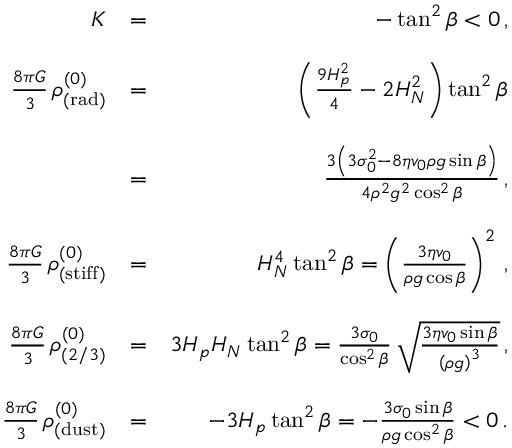
\begin{array} { r l r } { K } & { = } & { - \tan ^ { 2 } \beta < 0 \, , } \\ & { } & \\ { \frac { 8 \pi G } { 3 } \, \rho _ { \mathrm { ( r a d ) } } ^ { ( 0 ) } } & { = } & { \left( \frac { 9 H _ { p } ^ { 2 } } { 4 } - 2 H _ { N } ^ { 2 } \right) \tan ^ { 2 } \beta } \\ & { } & \\ & { = } & { \frac { 3 \left( 3 \sigma _ { 0 } ^ { 2 } - 8 \eta v _ { 0 } \rho g \sin \beta \right) } { 4 \rho ^ { 2 } g ^ { 2 } \cos ^ { 2 } \beta } \, , } \\ & { } & \\ { \frac { 8 \pi G } { 3 } \, \rho _ { \mathrm { ( s t i f f ) } } ^ { ( 0 ) } } & { = } & { H _ { N } ^ { 4 } \tan ^ { 2 } \beta = \left( \frac { 3 \eta v _ { 0 } } { \rho g \cos \beta } \right) ^ { 2 } \, , } \\ & { } & \\ { \frac { 8 \pi G } { 3 } \, \rho _ { ( 2 / 3 ) } ^ { ( 0 ) } } & { = } & { 3 H _ { p } H _ { N } \tan ^ { 2 } \beta = \frac { 3 \sigma _ { 0 } } { \cos ^ { 2 } \beta } \, \sqrt { \frac { 3 \eta v _ { 0 } \sin \beta } { \left( \rho g \right) ^ { 3 } } } \, , } \\ & { } & \\ { \frac { 8 \pi G } { 3 } \, \rho _ { \mathrm { ( d u s t ) } } ^ { ( 0 ) } } & { = } & { - 3 H _ { p } \tan ^ { 2 } \beta = - \frac { 3 \sigma _ { 0 } \sin \beta } { \rho g \cos ^ { 2 } \beta } < 0 \, . } \end{array}